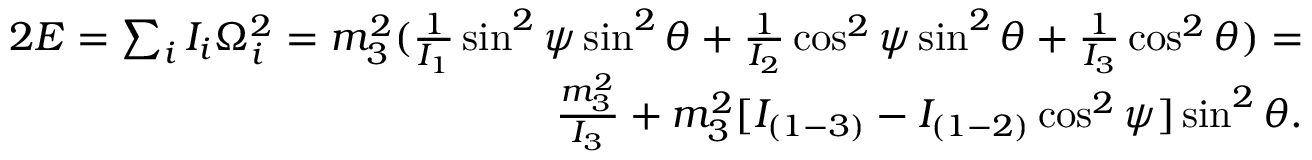
\begin{array} { r } { 2 E = \sum _ { i } I _ { i } \Omega _ { i } ^ { 2 } = m _ { 3 } ^ { 2 } ( \frac { 1 } { I _ { 1 } } \sin ^ { 2 } \psi \sin ^ { 2 } \theta + \frac { 1 } { I _ { 2 } } \cos ^ { 2 } \psi \sin ^ { 2 } \theta + \frac { 1 } { I _ { 3 } } \cos ^ { 2 } \theta ) = } \\ { \frac { m _ { 3 } ^ { 2 } } { I _ { 3 } } + m _ { 3 } ^ { 2 } [ I _ { ( 1 - 3 ) } - I _ { ( 1 - 2 ) } \cos ^ { 2 } \psi ] \sin ^ { 2 } \theta . } \end{array}